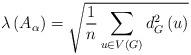
LaTeX: \begin{align*}\lambda\left( A_{\alpha}\right) =\sqrt{\frac{1}{n}\sum_{u\in V\left(G\right) }d_{G}^{2}\left( u\right) } \end{align*}